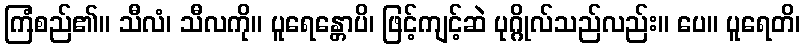
ကြံစည်၏။ သီလံ၊ သီလကို။ ပူရေန္တောပိ၊ ဖြင့်ကျင့်ဆဲ ပုဂ္ဂိုလ်သည်လည်း။ ပေ။ ပူရေတိ၊